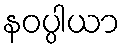
နဝပ္ပါယာ